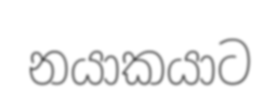
නයාකයාට